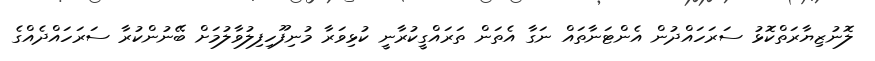
ލޮނުޒިޔާރަތްކޮޅު ސަރަހައްދުން އެންޓަނާތައް ނަގާ އެތަން ތަރައްގީކުރާނީ ކުޅިވަރާ މުނިފޫހިފިލުވާލުމަށް ބޭނުންކުރާ ސަރަހައްދެއްގެ